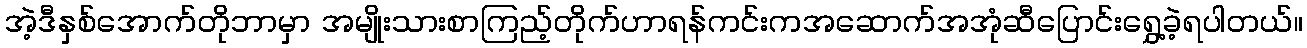
အဲ့ဒီနှစ်အောက်တိုဘာမှာ အမျိုးသားစာကြည့်တိုက်ဟာရန်ကင်းကအဆောက်အအုံဆီပြောင်းရွှေ့ခဲ့ရပါတယ်။